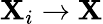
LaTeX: \mathbf{X}_{i}\to\mathbf{X}